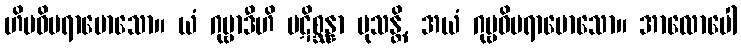
ဟိမဝိပရာမောသော။ ယံ ဂုမ္ဗာဒီဟိ ပဋိစ္ဆန္နာ မုသန္တိ, အယံ ဂုမ္ဗဝိပရာမောသော။ အာလောပေါ